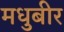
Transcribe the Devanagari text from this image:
मधुबीर